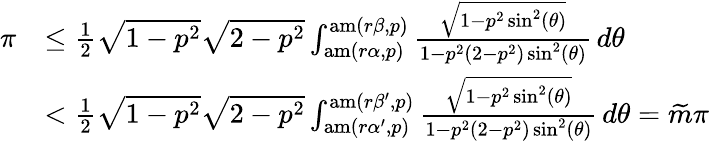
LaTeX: \begin{array}{rl}{\pi}&{\leq\frac{1}{2}\sqrt{1-p^{2}}\sqrt{2-p^{2}}\int_{\mathrm{am}(r\alpha,p)}^{\mathrm{am}(r\beta,p)}\frac{\sqrt{1-p^{2}\sin^{2}(\theta)}}{1-p^{2}(2-p^{2})\sin^{2}(\theta)}\, d\theta}\\ &{<\frac{1}{2}\sqrt{1-p^{2}}\sqrt{2-p^{2}}\int_{\mathrm{am}(r\alpha^{\prime},p)}^{\mathrm{am}(r\beta^{\prime},p)}\frac{\sqrt{1-p^{2}\sin^{2}(\theta)}}{1-p^{2}(2-p^{2})\sin^{2}(\theta)}\, d\theta=\widetilde{m}\pi}\end{array}